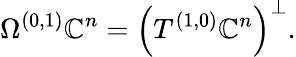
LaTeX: \Omega^{(0,1)}\mathbb{C}^{n}=\left(T^{(1,0)}\mathbb{C}^{n}\right)^{\bot}.